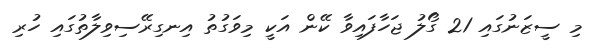
މި ސީޒަނުގައި 21 ގޯލު ޖަހާފައިވާ ކޭން އަކީ މިވަގުތު އިނގިރޭސިވިލާތުގައި ހުރި